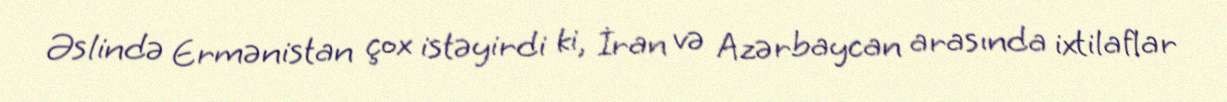
Əslində Ermənistan çox istəyirdi ki, İran və Azərbaycan arasında ixtilaflar